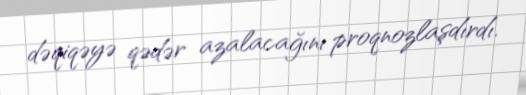
dəqiqəyə qədər azalacağını proqnozlaşdırdı.